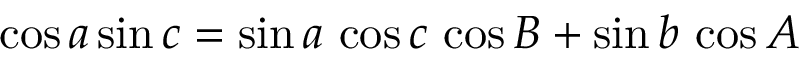
\cos a \sin c = \sin a \, \cos c \, \cos B + \sin b \, \cos A